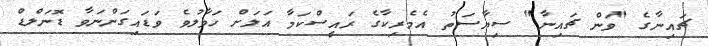
ޗައިނާގެ "ވަން ޗައިނާ" ސިޔާސަތު އެމެރިކާގެ ރައީސްކަމާ އަލަށް ހަވާލުވެ ވަޑައިގަންނަވާ ޑޮނަލްޑް